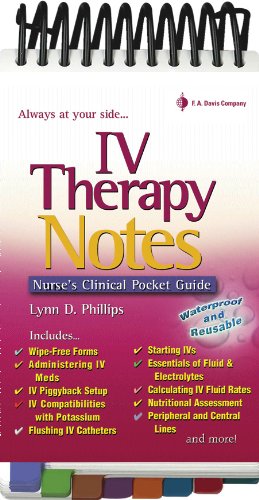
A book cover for IV Therapy Notes: Nurse's Clinical Pocket Guide (Nurse's Clinical Pocket Guides); Lynn D. Phillips MSN  RN  CRNI; Medical Books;